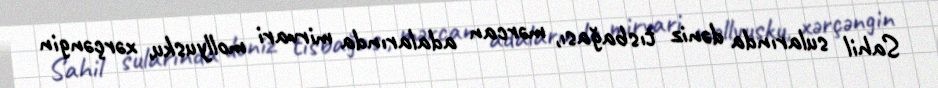
Sahil sularında dəniz tısbağası, mərcan adalarında mirvari mollyusku, xərçəngin